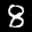
Label: 8